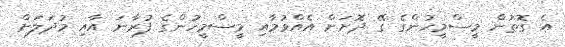
އެ ގޮތުން މީސްމީހުންގެ ގޭ ދޮށަށް އެއްވުމާއި މީސްމީހުންގެ ފުރާނަ އާއި މުދަލަށް